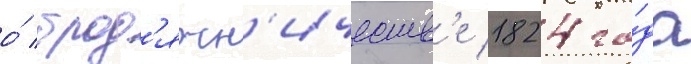
о́ брод'яжн'ичеств'е 1824 го́да